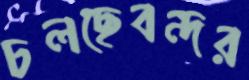
চলছেবন্দর